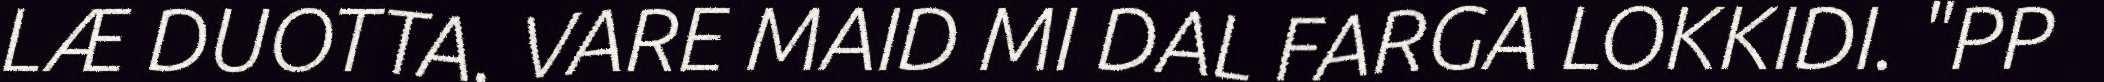
LÆ DUOTTA. VARE MAID MI DAL FARGA LOKKIDI. "PP